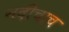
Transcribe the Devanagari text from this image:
नदीचाच